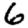
Digit: 6